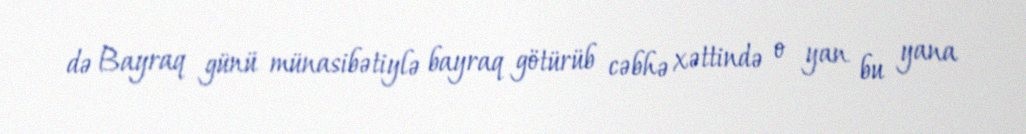
də Bayraq günü münasibətiylə bayraq götürüb cəbhə xəttində o yan bu yana